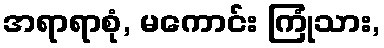
အရာရာစုံ, မကောင်း ကြုံသား,